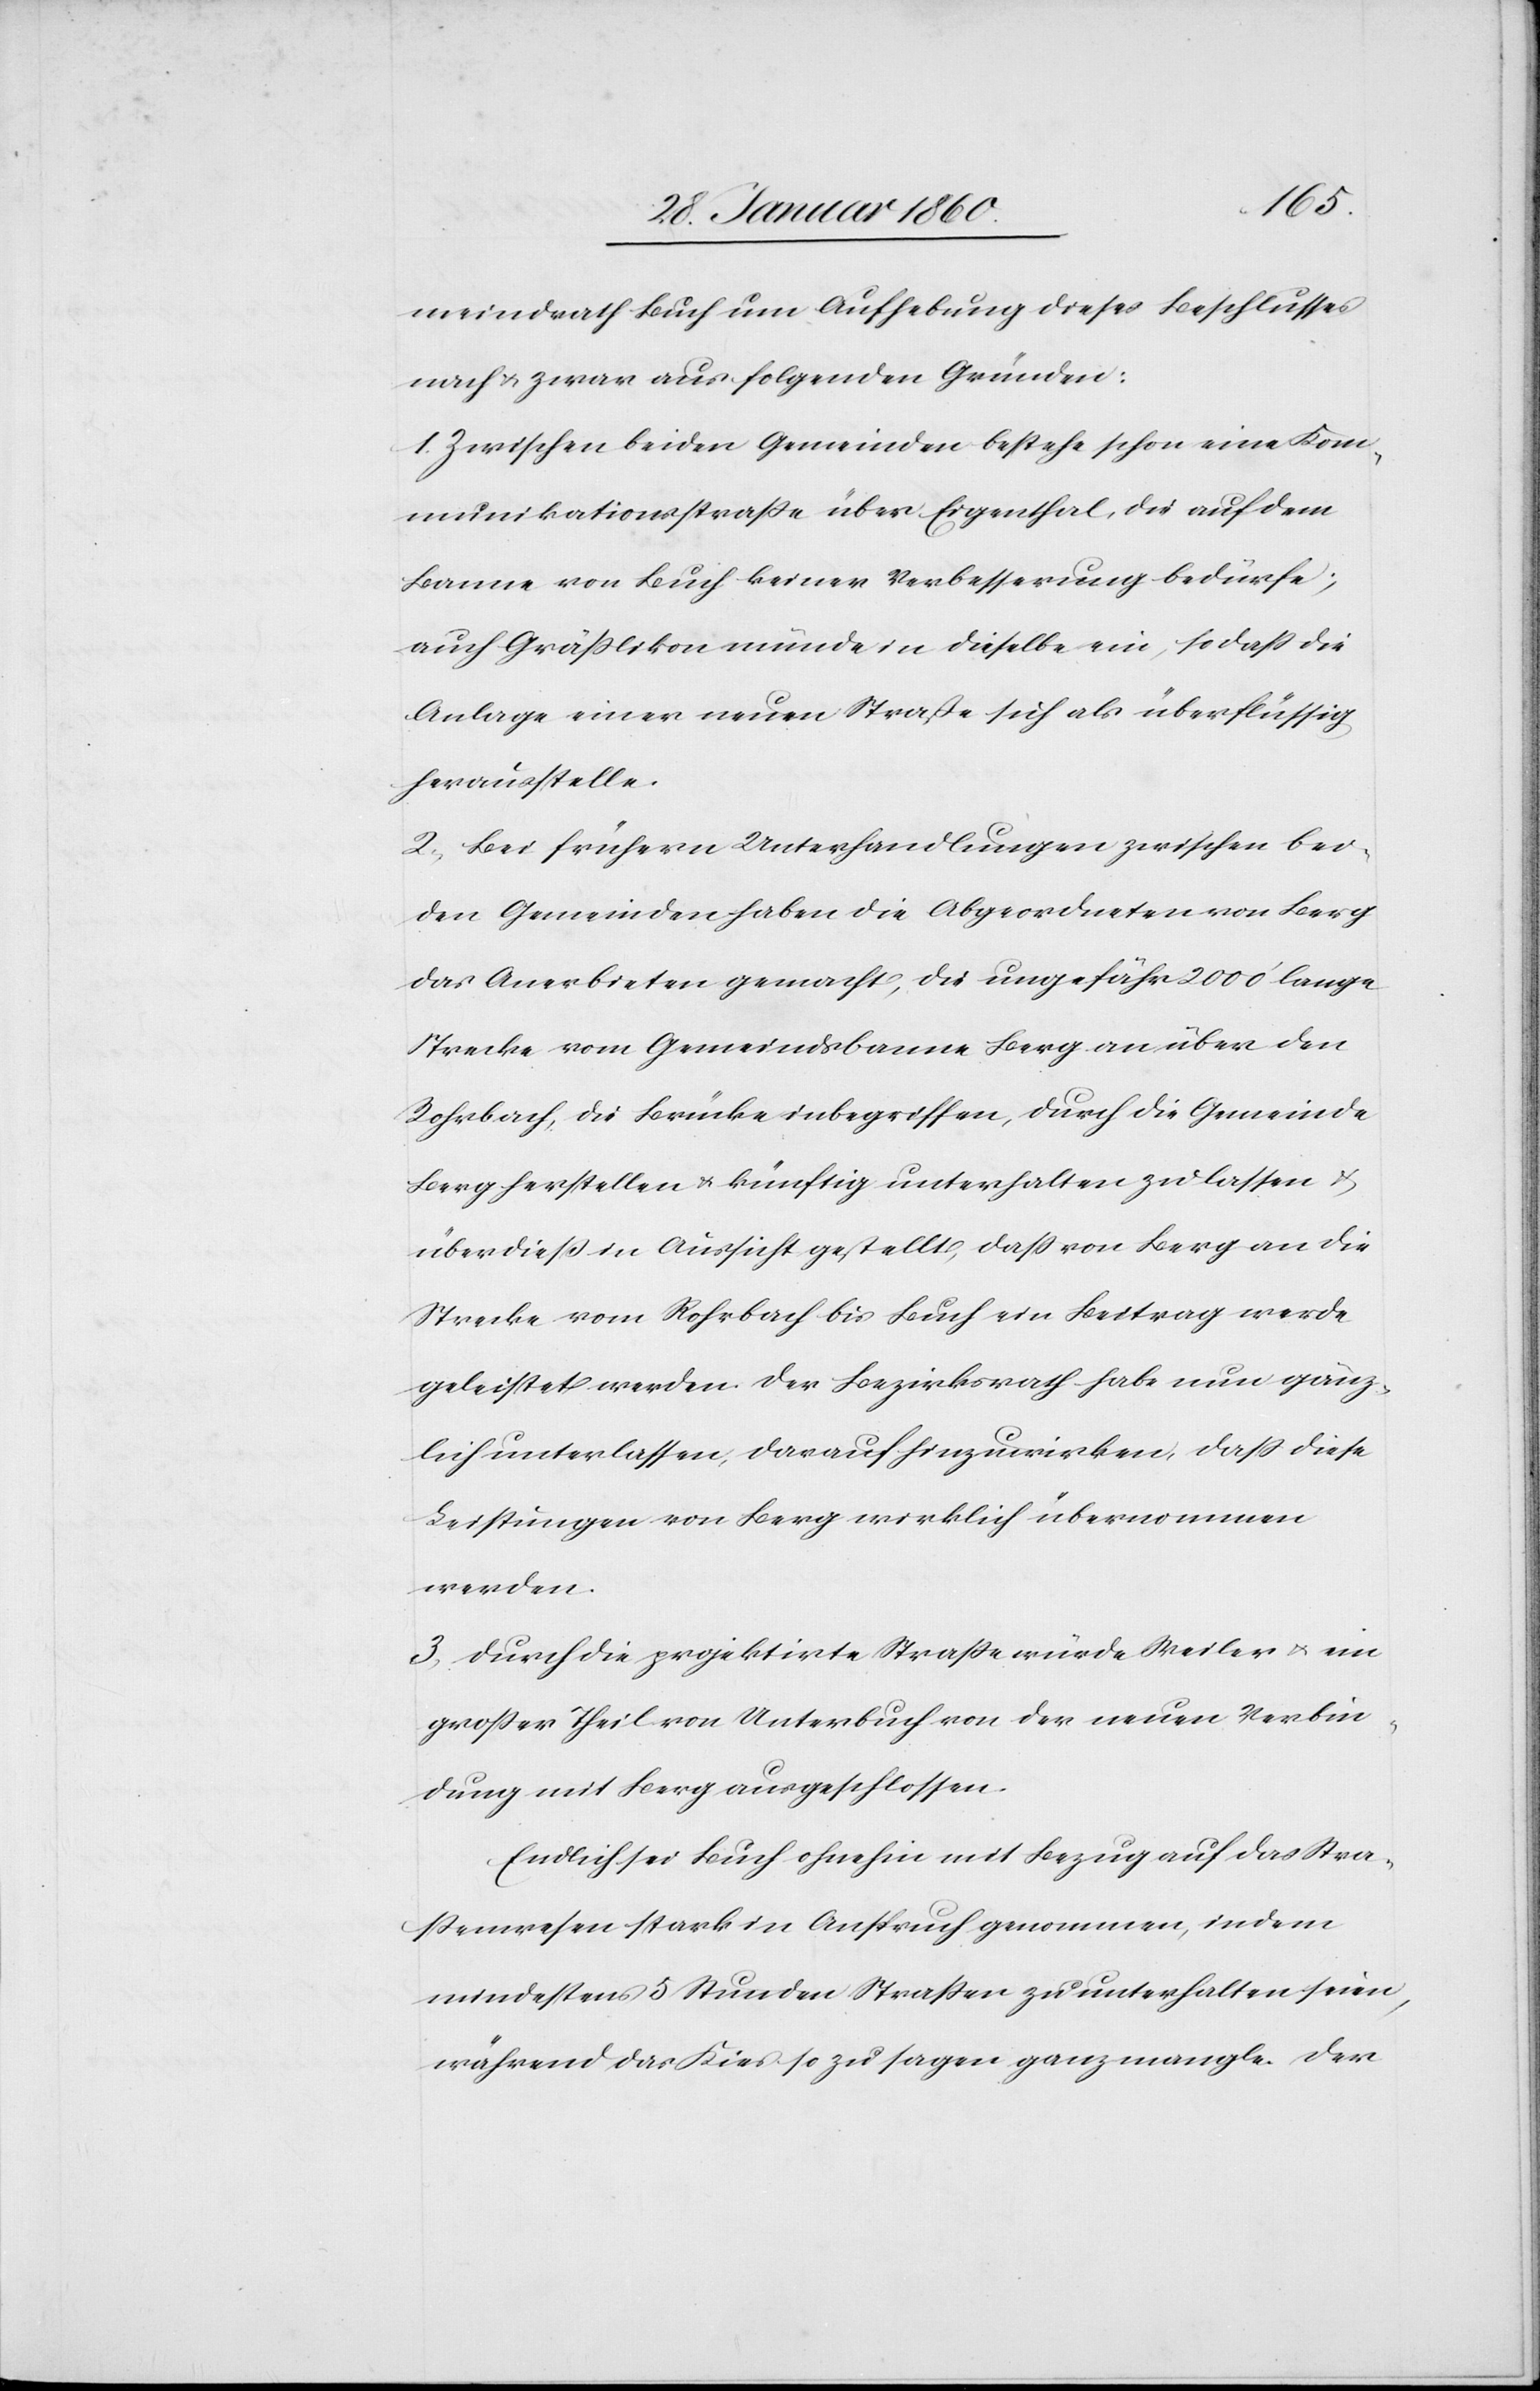
meindrath Buch um Aufhebung dieses Beschlusses
nach u. zwar aus folgenden Gründen:
1. Zwischen beiden Gemeinden bestehe schon eine Kom¬
munikationsstrasse über Eigenthal, die auf dem
Banne von Buch keiner Verbesserung bedürfe,
auch Grässlikon münde in dieselbe ein, so dass die
Anlage einer neuen Strasse sich als überflüssig
herausstelle.
2. Bei frühern Unterhandlungen zwischen bei¬
den Gemeinden haben die Abgeordneten von Berg
das Anerbieten gemacht, die ungefähr 2000’ lange
Strecke vom Gemeindsbanne Berg an über den
Rohrbach, die Brücke inbegriffen, durch die Gemeinde
Berg herstellen u. künftig unterhalten zu lassen u.
überdiess in Aussicht gestellt, dass von Berg an die
Strecke vom Rohrbach bis Buch ein Beitrag werde
geleistet werden. Der Bezirksrath habe nun gänz¬
lich unterlassen, darauf hinzuwirken, dass diese
Leistungen von Berg wirklich übernommen
werden.
3. Durch die projektirte Strasse würde Weiler u. ein
grosser Theil von Unterbuch von der neuen Verbin¬
dung mit Berg ausgeschlossen.
Endlich sei Buch ohnehin mit Bezug auf das Stra¬
ssenwesen stark in Anspruch genommen, indem
mindestens 5 Stunden Strassen zu unterhalten seien,
während das Kies so zu sagen ganz mangle. Der